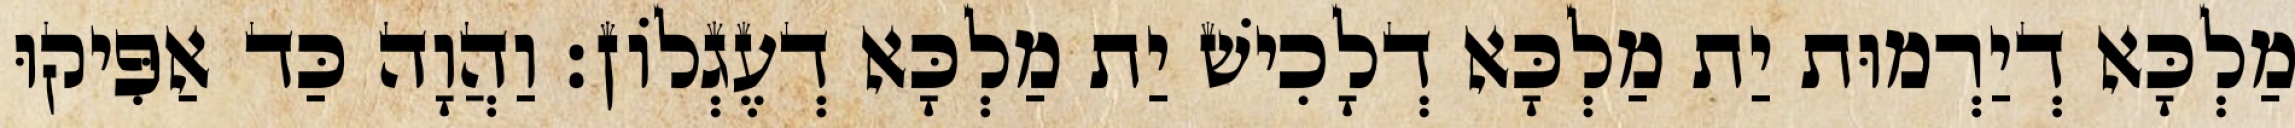
מַלְכָּא דְיַרְמוּת יַת מַלְכָּא דְלָכִישׁ יַת מַלְכָּא דְעֶגְלוֹן׃ וַהֲוָה כַּד אַפִּיקוּ